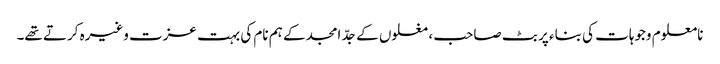
نامعلوم وجوہات کی بناء پر بٹ صاحب ، مغلوں کے جدّ امجد کے ہم نام کی بہت عزت وغیرہ کرتے تھے۔